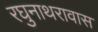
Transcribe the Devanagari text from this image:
रघुनाथरावास